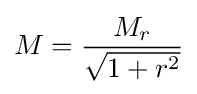
M={\frac {M_{r}}{\sqrt {1+r^{2}}}}